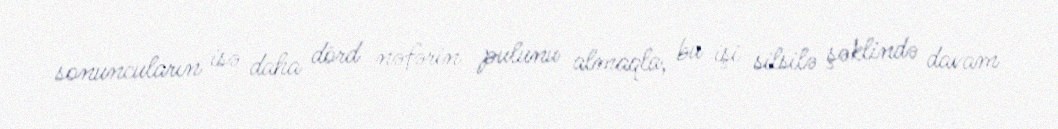
sonuncuların isə daha dörd nəfərin pulunu almaqla, bu işi silsilə şəklində davam